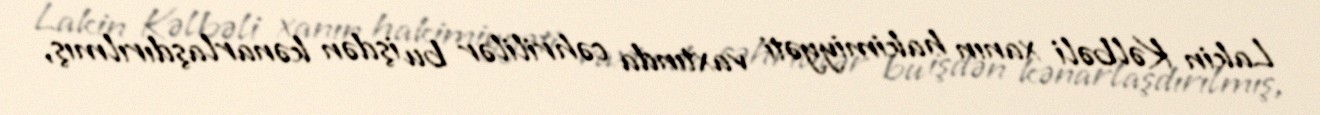
Lakin Kəlbəli xanın hakimiyyəti vaxtında cəhrililər bu işdən kənarlaşdırılmış,